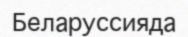
Беларуссияда